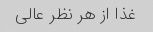
غذا از هر نظر عالی